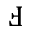
\Finv